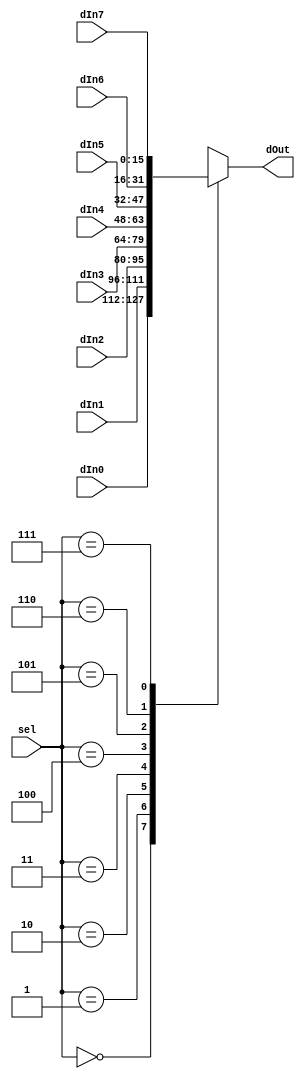
`timescale 1ns / 1ps
//////////////////////////////////////////////////////////////////////////////////
// Company: 
// Engineer: 
// 
// Design Name: 
// Module Name: Mux16B8to1
// Project Name: 
// Target Devices: 
// Tool Versions: 
// Description: 
// 
// Dependencies: 
// 
// Revision:
// Revision 0.01 - File Created
// Additional Comments:
// 
//////////////////////////////////////////////////////////////////////////////////

module Mux16B8to1(
    input [15:0] dIn0,
    input [15:0] dIn1,
    input [15:0] dIn2,
    input [15:0] dIn3,
    input [15:0] dIn4,
    input [15:0] dIn5,
    input [15:0] dIn6,
    input [15:0] dIn7,
    input [2:0] sel,
    output [15:0] dOut
  );
  
  // Determine output of multiplexer
  reg [15:0] muxOut;
  always @(dIn0 or dIn1 or dIn2 or dIn3 or dIn4 or dIn5 or dIn6 or dIn7 or sel) begin
    case(sel)
      3'b000: muxOut[15:0] = dIn0[15:0];
      3'b001: muxOut[15:0] = dIn1[15:0];
      3'b010: muxOut[15:0] = dIn2[15:0];
      3'b011: muxOut[15:0] = dIn3[15:0];
      3'b100: muxOut[15:0] = dIn4[15:0];
      3'b101: muxOut[15:0] = dIn5[15:0];
      3'b110: muxOut[15:0] = dIn6[15:0];
      3'b111: muxOut[15:0] = dIn7[15:0];
    endcase
  end
  
  assign dOut[15:0] = muxOut[15:0];
  
endmodule